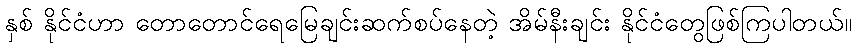
နှစ် နိုင်ငံဟာ တောတောင်ရေမြေချင်းဆက်စပ်နေတဲ့ အိမ်နီးချင်း နိုင်ငံတွေဖြစ်ကြပါတယ်။